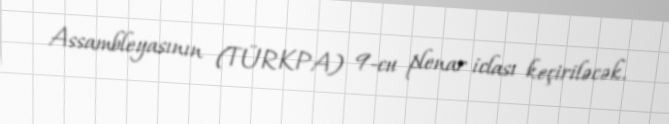
Assambleyasının (TÜRKPA) 9-cu plenar iclası keçiriləcək.